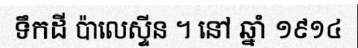
ទឹកដី ប៉ាលេស្ទីន ។ នៅ ឆ្នាំ ១៩១៤